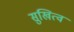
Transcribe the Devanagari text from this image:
सुखित्व